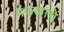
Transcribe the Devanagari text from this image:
मंडळाचें